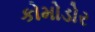
કોમોડોર